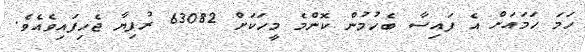
ހަމަ ހަމައަށް އެ ފައިސާ ބެހުމުން ކޮންމެ މީހަކަށް 63082 ރުފިޔާ ޖެހިފައިވެއެވެ.